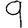
Digit: 9